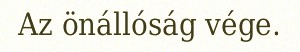
Az önállóság vége.